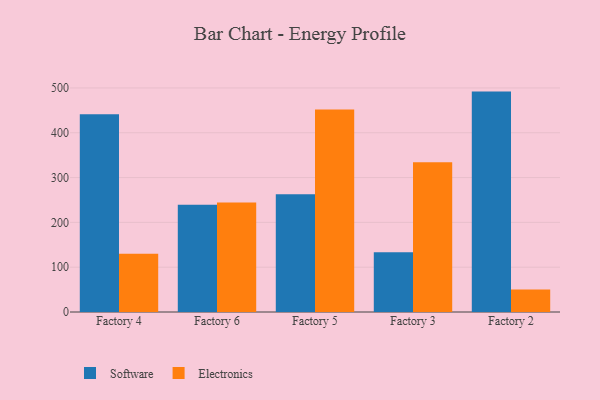
{"axis": {"x": "Factory", "y": "Latency (ms)"}, "legend": ["Electronics", "Software"], "data": [{"x": "Factory 4", "y": 441.5, "type": "Software"}, {"x": "Factory 4", "y": 129.8, "type": "Electronics"}, {"x": "Factory 6", "y": 239.3, "type": "Software"}, {"x": "Factory 6", "y": 244.6, "type": "Electronics"}, {"x": "Factory 5", "y": 262.7, "type": "Software"}, {"x": "Factory 5", "y": 451.6, "type": "Electronics"}, {"x": "Factory 3", "y": 133.4, "type": "Software"}, {"x": "Factory 3", "y": 334.2, "type": "Electronics"}, {"x": "Factory 2", "y": 491.8, "type": "Software"}, {"x": "Factory 2", "y": 50.4, "type": "Electronics"}]}